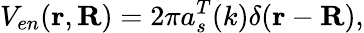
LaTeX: V_{en}(\textbf{r},\textbf{R})=2\pi a_{s}^{T}(k)\delta(\textbf{r}-\textbf{R}),